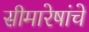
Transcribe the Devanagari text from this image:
सीमारेषांचे